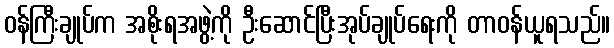
ဝန်ကြီးချုပ်က အစိုးရအဖွဲ့ကို ဦးဆောင်ပြီးအုပ်ချုပ်ရေးကို တာဝန်ယူရသည်။